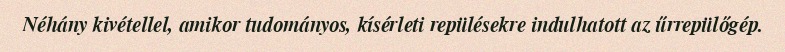
Néhány kivétellel, amikor tudományos, kísérleti repülésekre indulhatott az űrrepülőgép.